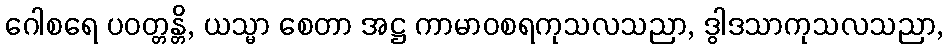
ဂေါစရေ ပဝတ္တန္တိ, ယသ္မာ စေတာ အဋ္ဌ ကာမာဝစရကုသလသညာ, ဒွါဒသာကုသလသညာ,